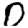
Digit: 0